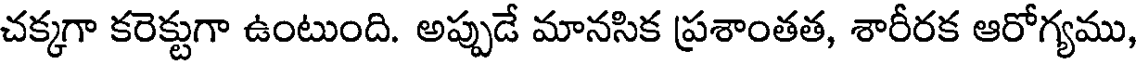
చక్కగా కరెక్టుగా ఉంటుంది. అప్పుడే మానసిక ప్రశాంతత, శారీరక ఆరోగ్యము,